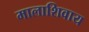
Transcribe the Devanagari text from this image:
मालाशिवाय